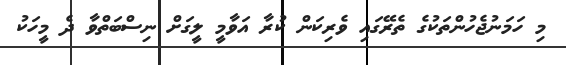
މި ހަމަނުޖެހުންތަކުގެ ތެރޭގައި ވެރިކަން ކުރާ އަވާމީ ލީގަށް ނިސްބަތްވާ ދެ މީހަކު